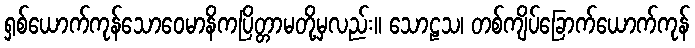
ရှစ်ယောက်ကုန်သောဝေမာနိကပြိတ္တာမတို့မှလည်း။ သောဠသ၊ တစ်ကျိပ်ခြောက်ယောက်ကုန်